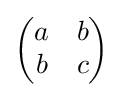
{\begin{pmatrix}a&b\\b&c\end{pmatrix}}